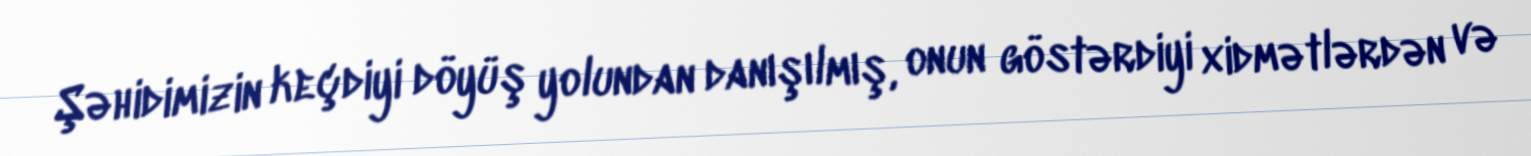
Şəhidimizin keçdiyi döyüş yolundan danışılmış, onun göstərdiyi xidmətlərdən və